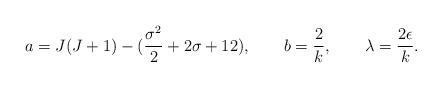
LaTeX: \begin{align*}a=J(J+1) - ({\sigma^{2} \over 2} + 2\sigma +12),\qquad b={2 \over k}, \qquad\lambda={2\epsilon \over k}.\end{align*}